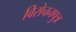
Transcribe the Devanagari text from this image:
विरोचनपुत्र